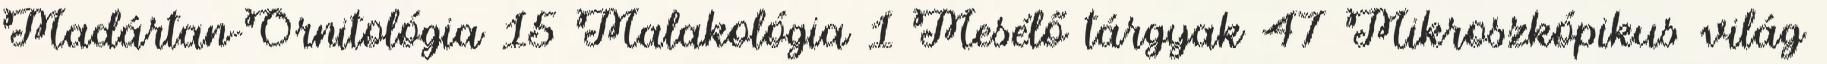
Madártan-Ornitológia 15 Malakológia 1 Mesélő tárgyak 47 Mikroszkópikus világ